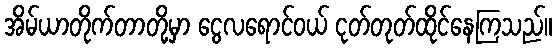
အိမ်ယာတိုက်တာတို့မှာ ငွေလရောင်ဝယ် ငုတ်တုတ်ထိုင်နေကြသည်။